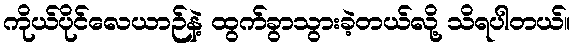
ကိုယ်ပိုင်လေယာဉ်နဲ့ ထွက်ခွာသွားခဲ့တယ်လို့ သိရပါတယ်။